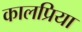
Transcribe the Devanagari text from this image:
कालप्रिया